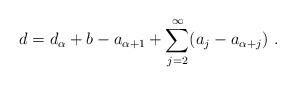
\begin{align*}d = d_\alpha + b - a_{\alpha + 1} + \sum_{j=2}^\infty (a_j - a_{\alpha+j}) \ .\end{align*}